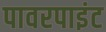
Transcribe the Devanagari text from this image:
पावरपाइंट